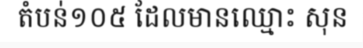
តំបន់១០៥ ដែលមានឈ្មោះ សុន